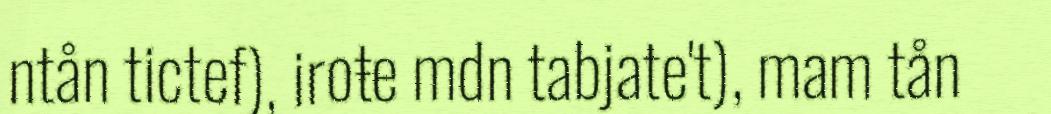
ntån tictef), iroŧe mdn tabjate't), mam tån